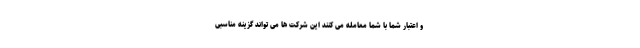
و اعتبار شما با شما معامله می کنند این شرکت ها می تواند گزینه مناسبی